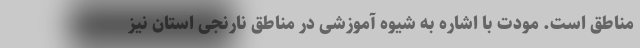
مناطق است. مودت با اشاره به شیوه آموزشی در مناطق نارنجی استان نیز